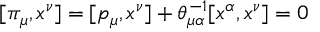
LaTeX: [ \pi _ { \mu } , x ^ { \nu } ] = [ p _ { \mu } , x ^ { \nu } ] + \theta _ { \mu \alpha } ^ { - 1 } [ x ^ { \alpha } , x ^ { \nu } ] = 0